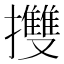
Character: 㩳